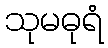
သုမဓုရံ